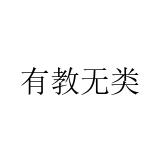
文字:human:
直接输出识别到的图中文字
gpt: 有教无类